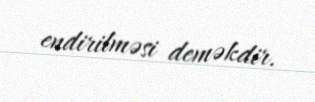
endirilməsi deməkdir.